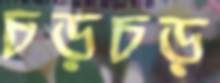
চড়চড়